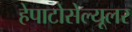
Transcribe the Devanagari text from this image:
हेपाटोसेल्यूलर